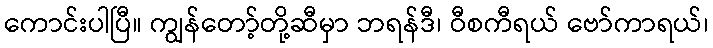
ကောင်းပါပြီ။ ကျွန်တော့်တို့ဆီမှာ ဘရန်ဒီ၊ ဝီစကီရယ် ဗော်ကာရယ်၊